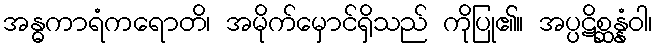
အန္ဓကာရံကရောတိ၊ အမိုက်မှောင်ရှိသည် ကိုပြု၏။ အပ္ပဋိစ္ဆန္နံဝါ၊